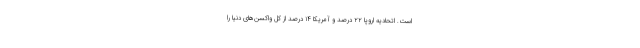
است. اتحادیه اروپا ۲۲ درصد و آمریکا ۱۴ درصد از کل واکسن‌های دنیا را